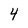
Character: 4